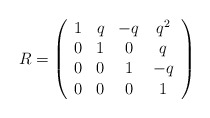
\begin{align*}R=\left(\begin{array}{cccc}1&q&-q&q^2\\0&1&0&q\\0&0&1&-q\\0&0&0&1\end{array} \right) \end{align*}